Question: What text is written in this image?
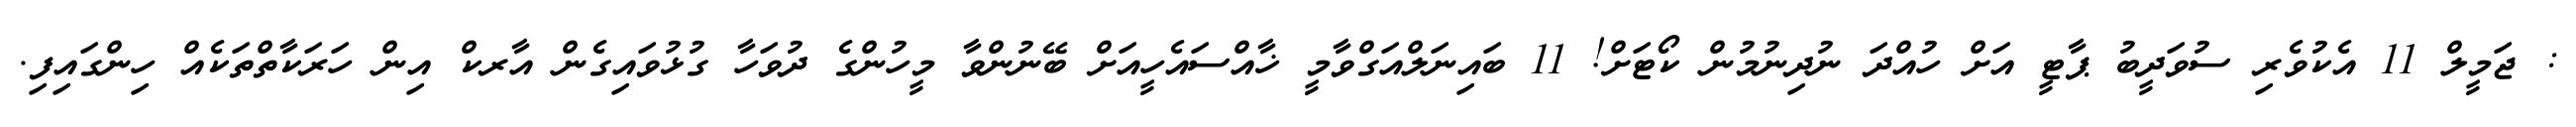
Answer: : ޖަމީލް 11 އެކުވެރި ސުވަދީބު ޕާޓީ އަށް ހުއްދަ ނުދިނުމުން ކޯޓަށް! 11 ބައިނަލްއަގްވާމީ ޚާއްސައެހީއަށް ބޭނުންވާ މީހުންގެ ދުވަހާ ގުޅުވައިގެން އާރކް އިން ހަރަކާތްތަކެއް ހިންގައިފި.